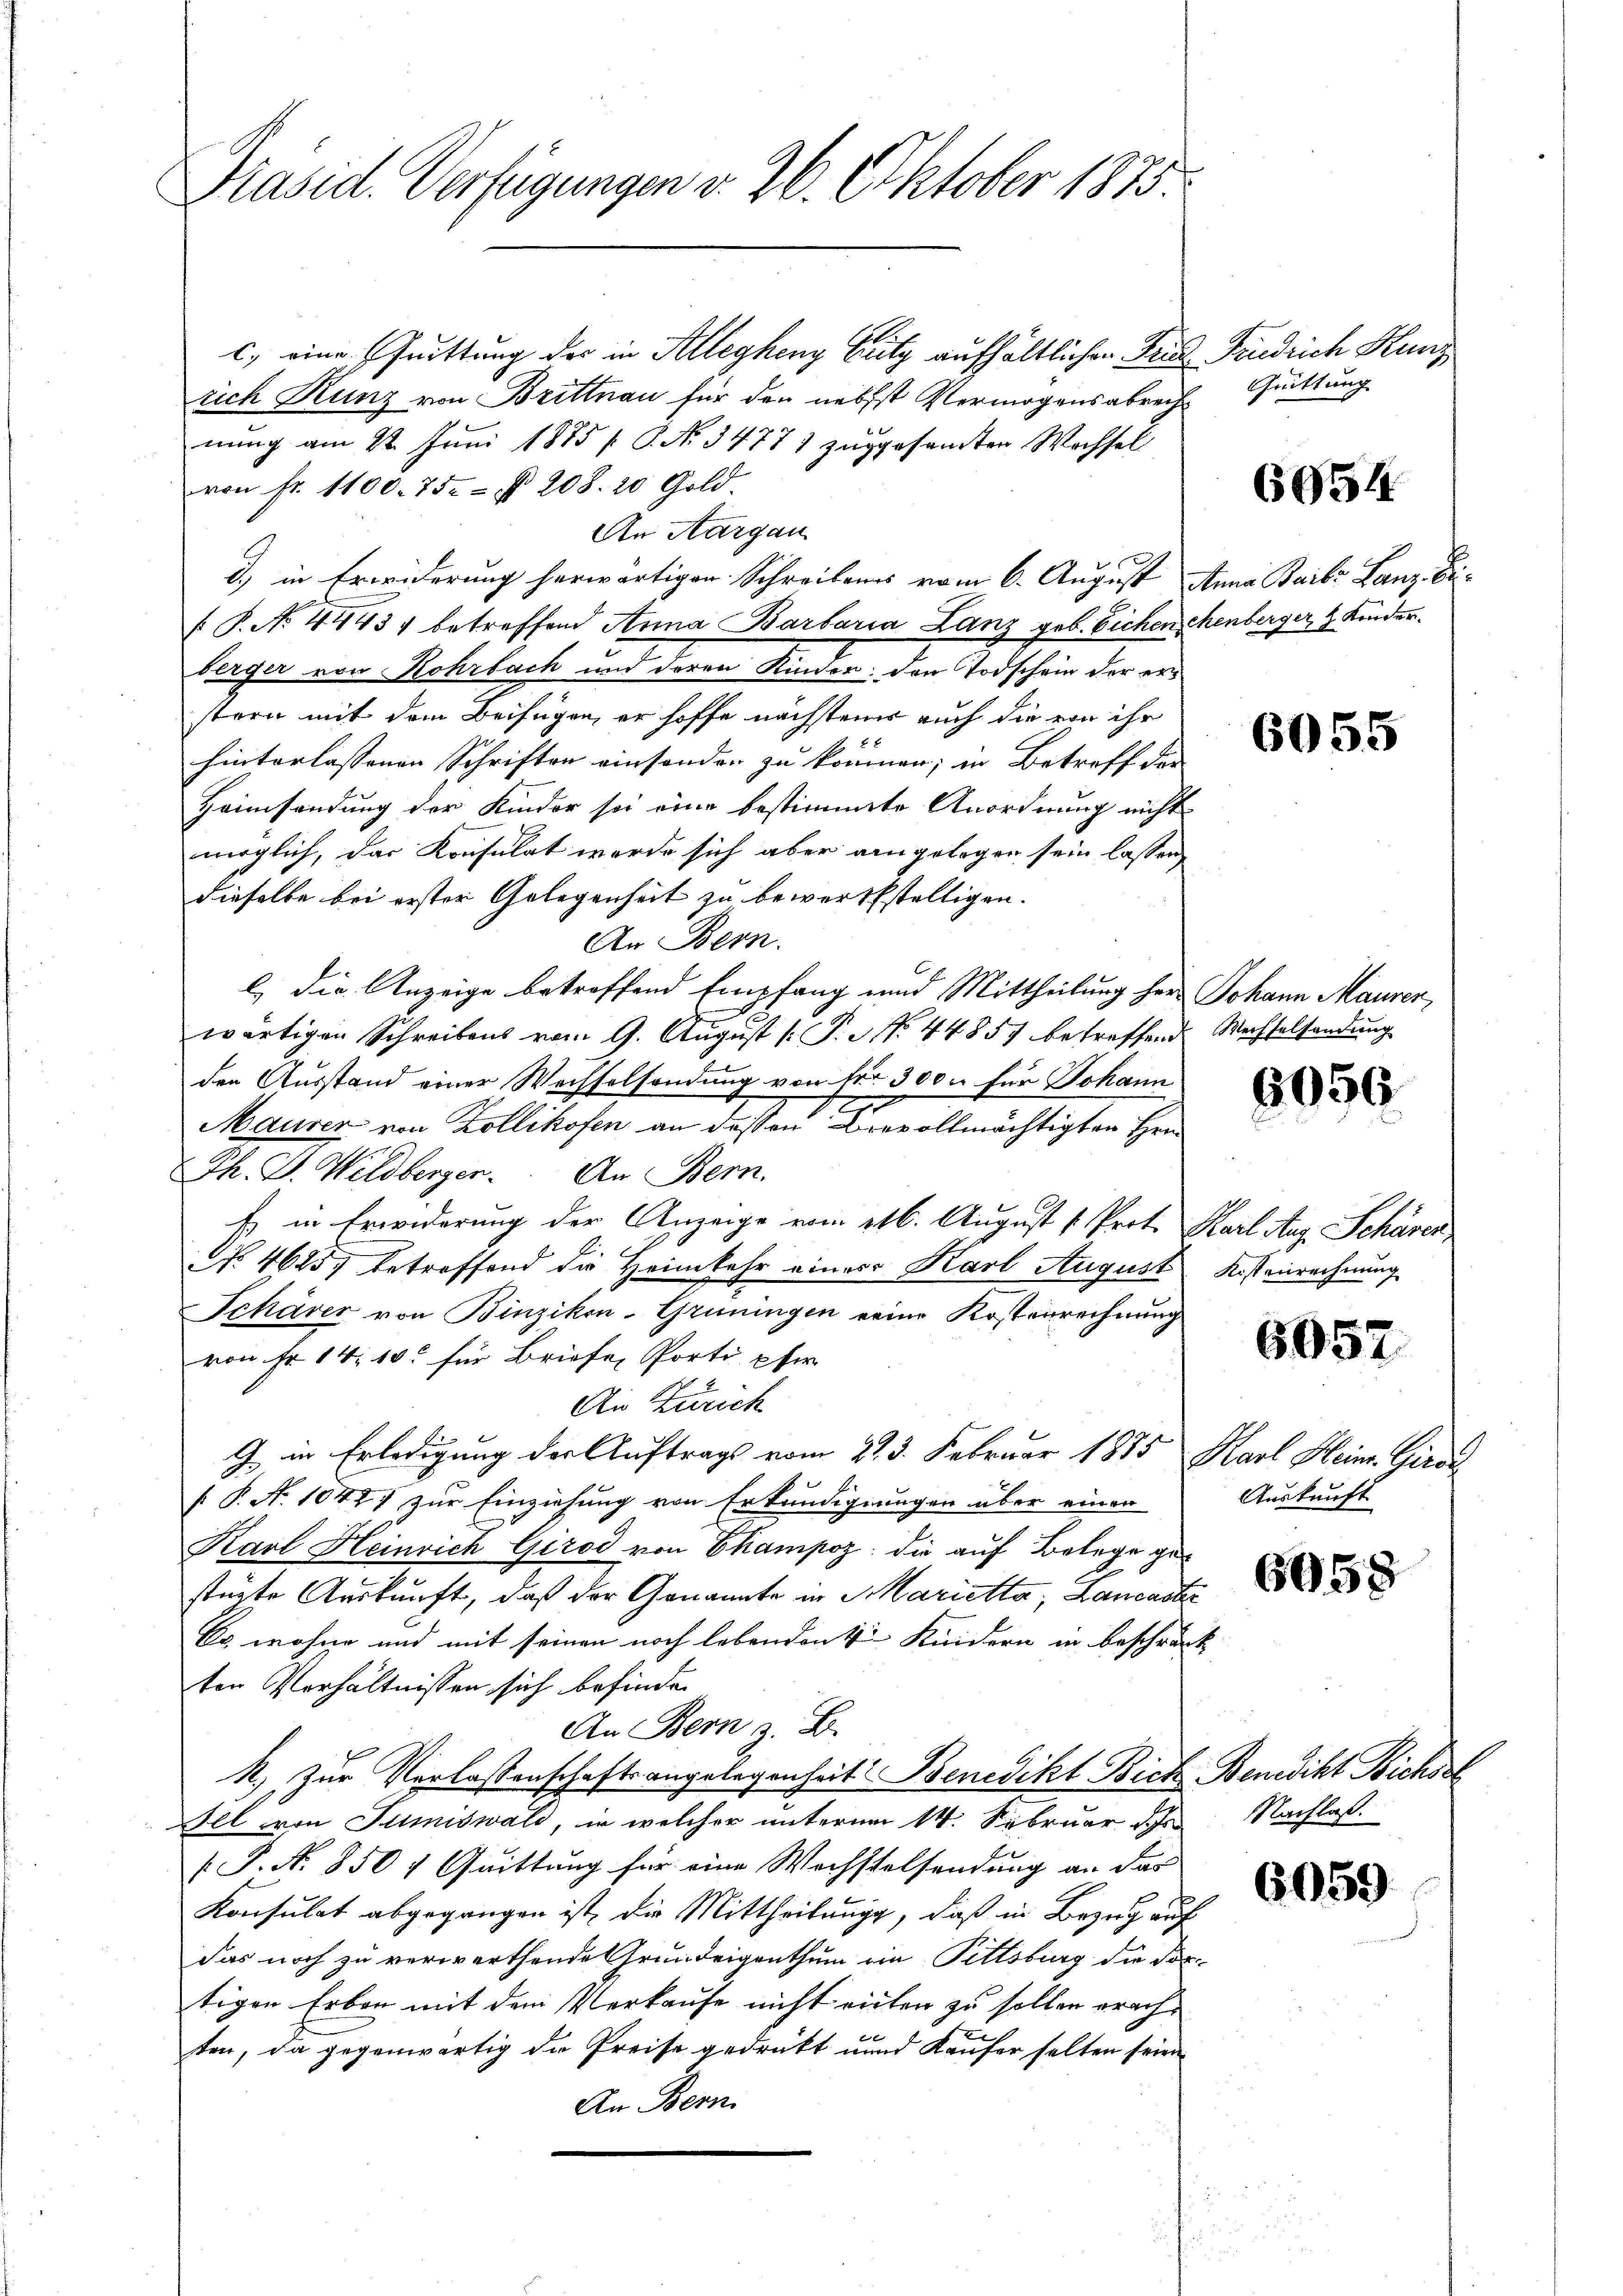
Präsid. Verfügungen v. 26. Oktober 1875

c.) eine fuittung des in Alleghenz Fritz aufhältlichen Pries Findrich Kunz
rich Kunz von Brittnau für den nebst Vermögensabrechnung am 22. Juni 1885 [ P. No. 34771 zugesamten Wechsel
von fr. 1100. 752 § 208. 20 Gold.
An Aargau
d.) in Erwiderung herwärtigen Schreibens vom 6. August Anna Baibr Lanz. Bei¬
 P. No. 44434 betreffend Anna Barbaria Lanz geb. Eichen Menberger, 4 Kinder.
berger von Rohrbach und deren Kinden. Den Todschein der erstern mit dem Beifügen, er hoffe nachsteine auch die von ihr
hinterlassenen Schriften einsonder zu können; in Betreff der
Heimsendung der Kinder sei eine bestimmte Anordnung nicht
möglich, das Konsulat werde sich aber eingelegen sein lassen,
dieselbe bei erster Gelegenheit zu bewerkstelligen.
An Bern.
l) die Anzeige betreffend Empfang und Mittheilung herr Johann Mauren,
wärtigen Schreibens vom 9. August [ P. NNo. 44857 betreffend Wechselsendung
den Ausstand einer Wechselsendung von Fr. 3000 für Johann
f
Maurer von Zollikofen an dessen Brevollmächtigten Hrn.
Ph. D. Wildberger. An Bern.
Es in Erwiderung der Anzeige vom 26. August [ Prot. Karl Aug. Schärer
No. 4625 betreffend die Heimkehr einer Karl August Kostenrechnung
Schärer von Binzikon-Grüningen seine Kosterrechnung
von Fr. 14. 10. für Briefe, Porti pfer
An Zürich
G. in Erledigung der Auftrags vom 22. 3. Februar 1885 Karl Heinr. Giroi
 P. N. 1047 zur Einziehung von Erkundigungen über einen
Karl Heinrich Girod von Champoz: die auf Belege gestürte Auskunft, daß der Genannte in Marietta, Lancastr
kr. wohne und mit seinen noch lebenden 4 Kindern in beschränck
ten Verhältnissen sich befinden
An Bern z. B.
k. Zur Verlassenschaftsangelegenheit Benedikt Bich Benedikt Bichsst
All von Sumiswald, in welcher unterm 14. Februar d. Js.
 P. Nr. 8504 Quittung für eine Wechstelsendung an das
Konsulat abgegangen ist, die Mittheilung, daß in Bezug auf
das noch zu verwerthende Grundeigenthum ein Pittsburg die Fortigen Erben mit dem Verkaufe nicht eiten zu sollen erachten, da gegenwärtig die Preise gedrückt unnd Käufer selten seien
An Bern.

Quittung

6954

6055

6056.

6057.

Auskunft

605.

605.

Nachlaß.

)